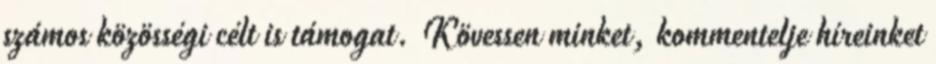
számos közösségi célt is támogat. Kövessen minket, kommentelje híreinket